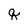
Character: q